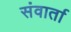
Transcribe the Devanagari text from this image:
संवार्ता